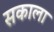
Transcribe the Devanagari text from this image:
सकाला